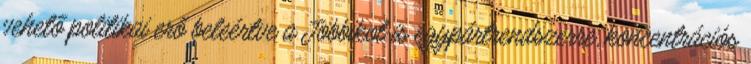
vehető politikai erő beleértve a Jobbikot is egypártrendszerre, koncentrációs